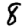
Digit: 8